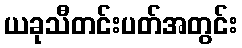
ယခုသီတင်းပတ်အတွင်း